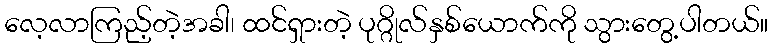
လေ့လာကြည့်တဲ့အခါ၊ ထင်ရှားတဲ့ ပုဂ္ဂိုလ်နှစ်ယောက်ကို သွားတွေ့ပါတယ်။